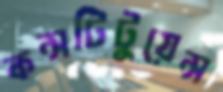
কন্সটিটুয়েন্স